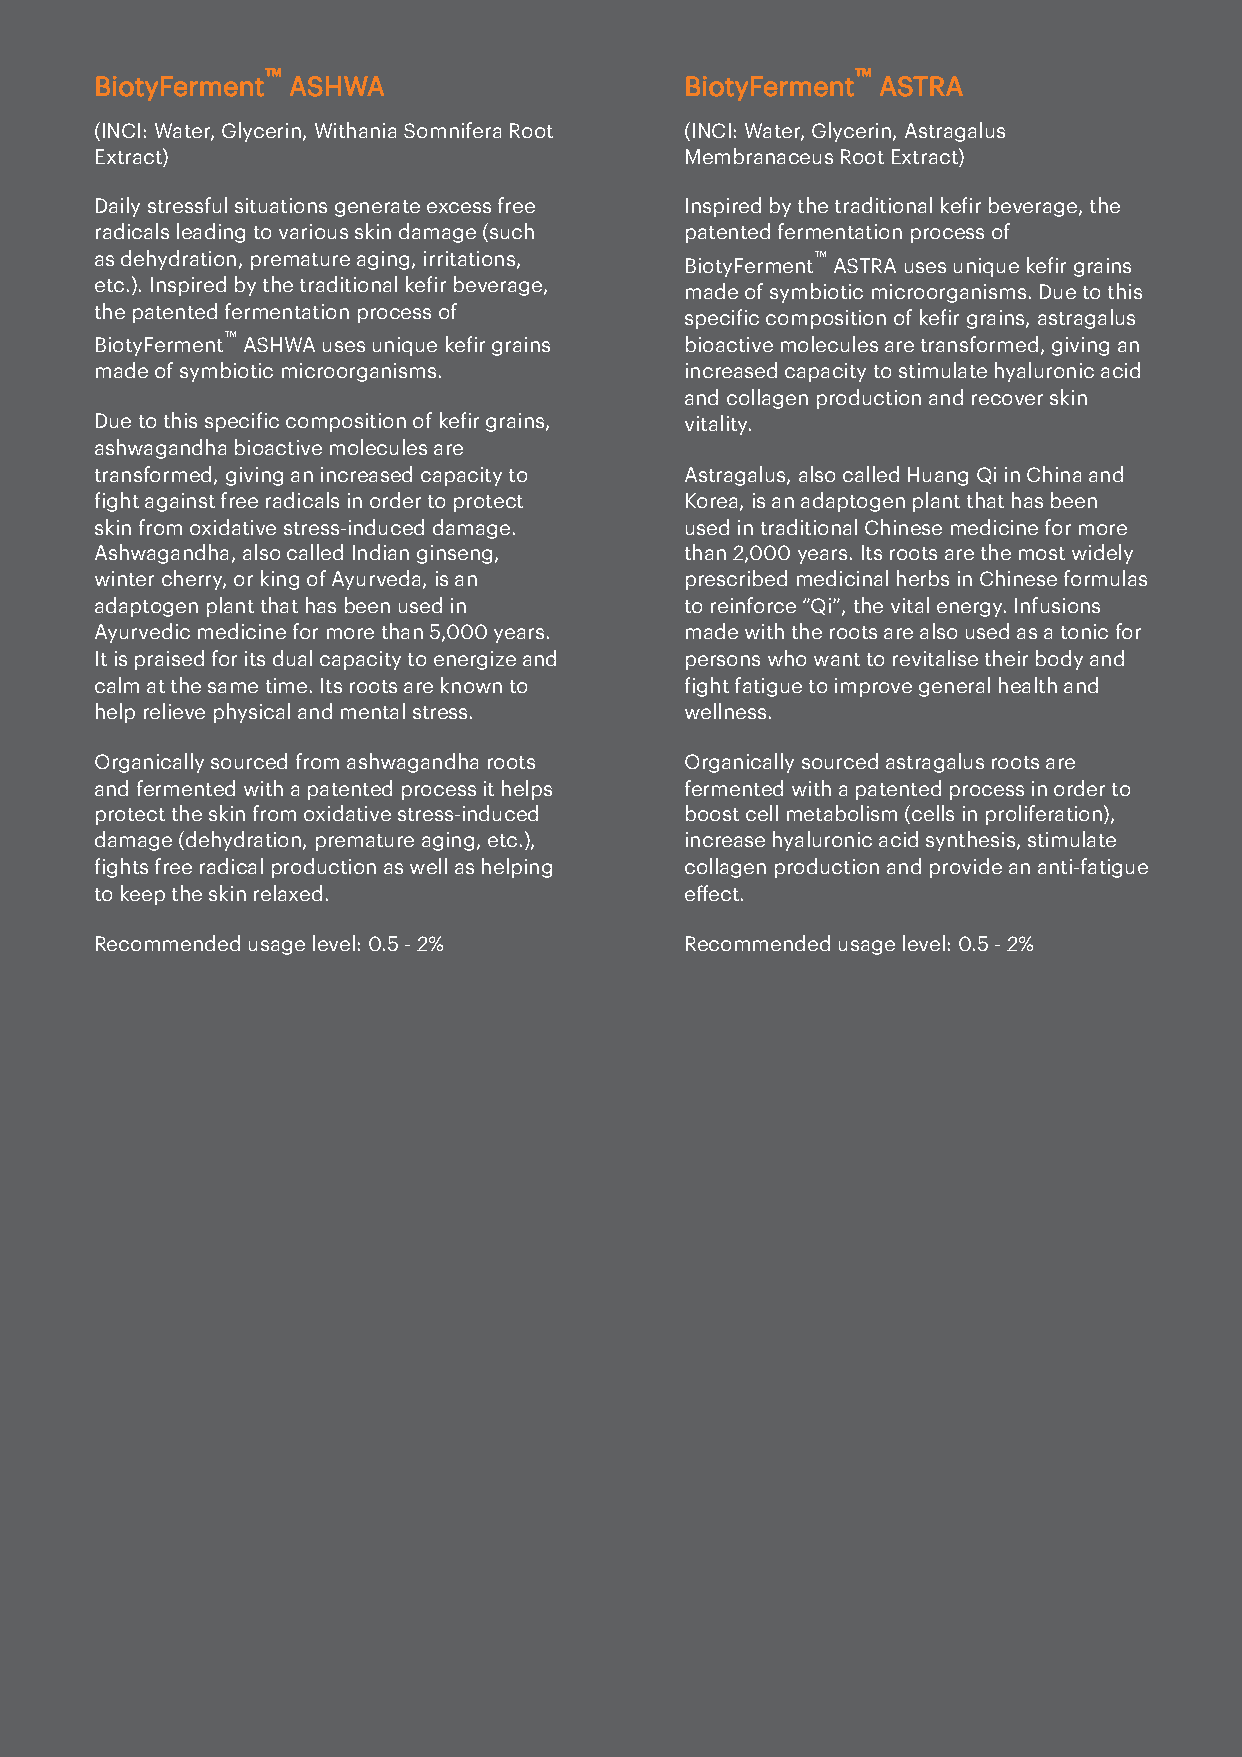
™                                       ™
 BiotyFerment ASHWA                     BiotyFerment ASTRA
 (INCI: Water, Glycerin, Withania Somnifera Root (INCI: Water, Glycerin, Astragalus
 Extract)                               Membranaceus Root Extract)
 Daily stressful situations generate excess free Inspired by the traditional keir beverage, the
 radicals leading to various skin damage (such patented fermentation process of
 as dehydration, premature aging, irritations,   ™
 BiotyFerment ASTRA uses unique keir grains
 etc.). Inspired by the traditional keir beverage, made of symbiotic microorganisms. Due to this
 the patented fermentation process of   speciic composition of keir grains, astragalus
 BiotyFerment™ ASHWA uses unique keir grains bioactive molecules are transformed, giving an
 made of symbiotic microorganisms.      increased capacity to stimulate hyaluronic acid
 and collagen production and recover skin
 Due to this speciic composition of keir grains, vitality.
 ashwagandha bioactive molecules are
 transformed, giving an increased capacity to Astragalus, also called Huang Qi in China and
 ight against free radicals in order to protect Korea, is an adaptogen plant that has been
 skin from oxidative stress-induced damage. used in traditional Chinese medicine for more
 Ashwagandha, also called Indian ginseng, than 2,000 years. Its roots are the most widely
 winter cherry, or king of Ayurveda, is an prescribed medicinal herbs in Chinese formulas
 adaptogen plant that has been used in  to reinforce “Qi”, the vital energy. Infusions
 Ayurvedic medicine for more than 5,000 years. made with the roots are also used as a tonic for
 It is praised for its dual capacity to energize and persons who want to revitalise their body and
 calm at the same time. Its roots are known to ight fatigue to improve general health and
 help relieve physical and mental stress. wellness.
 Organically sourced from ashwagandha roots Organically sourced astragalus roots are
 and fermented with a patented process it helps fermented with a patented process in order to
 protect the skin from oxidative stress-induced boost cell metabolism (cells in proliferation),
 damage (dehydration, premature aging, etc.), increase hyaluronic acid synthesis, stimulate
 ights free radical production as well as helping collagen production and provide an anti-fatigue
 to keep the skin relaxed.              effect.
 Recommended usage level: 0.5 - 2%      Recommended usage level: 0.5 - 2%